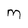
Character: M